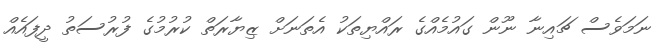
ނަމަވެސް ޗައިނާ ނޫން ގައުމެއްގެ ރައްޔިތަކު އެތަނަށް ޒިޔާރަތް ކުރުމުގެ ފުރުސަތު ދީފައެއް